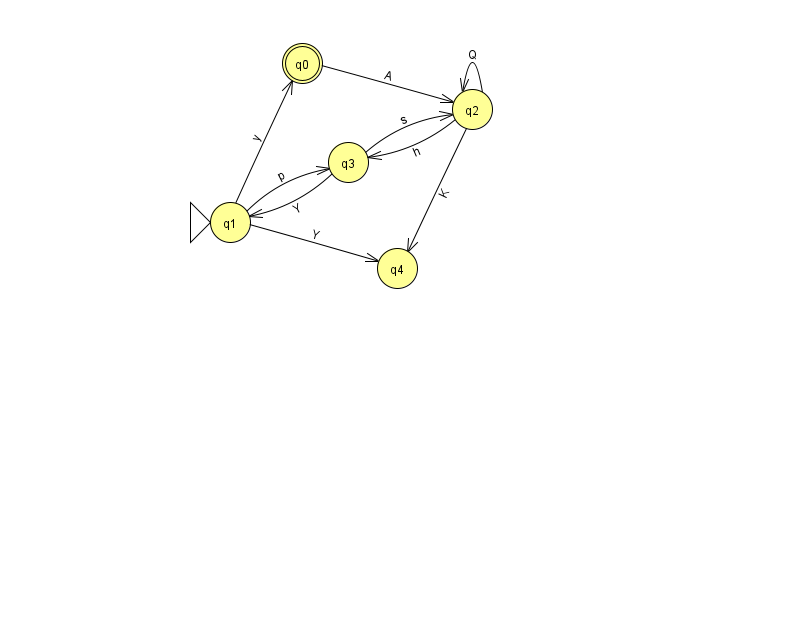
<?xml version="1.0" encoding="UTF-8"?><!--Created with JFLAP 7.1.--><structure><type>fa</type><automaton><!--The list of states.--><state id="0" name="q0"><x>302.0</x><y>50.0</y><final/></state><state id="1" name="q1"><x>230.0</x><y>209.0</y><initial/></state><state id="2" name="q2"><x>472.0</x><y>96.0</y></state><state id="3" name="q3"><x>348.0</x><y>149.0</y></state><state id="4" name="q4"><x>397.0</x><y>255.0</y></state><!--The list of transitions.--><transition><from>1</from><to>3</to><read>p</read></transition><transition><from>0</from><to>2</to><read>A</read></transition><transition><from>2</from><to>2</to><read>Q</read></transition><transition><from>3</from><to>2</to><read>s</read></transition><transition><from>3</from><to>1</to><read>Y</read></transition><transition><from>2</from><to>3</to><read>h</read></transition><transition><from>1</from><to>0</to><read>y</read></transition><transition><from>1</from><to>4</to><read>Y</read></transition><transition><from>2</from><to>4</to><read>K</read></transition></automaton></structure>